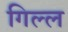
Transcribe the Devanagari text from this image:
गिल्ल